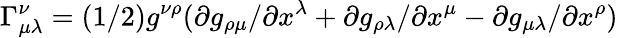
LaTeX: \Gamma_{\mu\lambda}^{\nu}=(1/2)g^{\nu\rho}(\partial g_{\rho\mu}/\partial x^{\lambda}+\partial g_{\rho\lambda}/\partial x^{\mu}-\partial g_{\mu\lambda}/\partial x^{\rho})